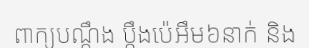
ពាក្យបណ្តឹង ប្តឹងប៉េអឹម៦នាក់ និង